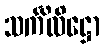
သင်္ကိလိဋ္ဌော